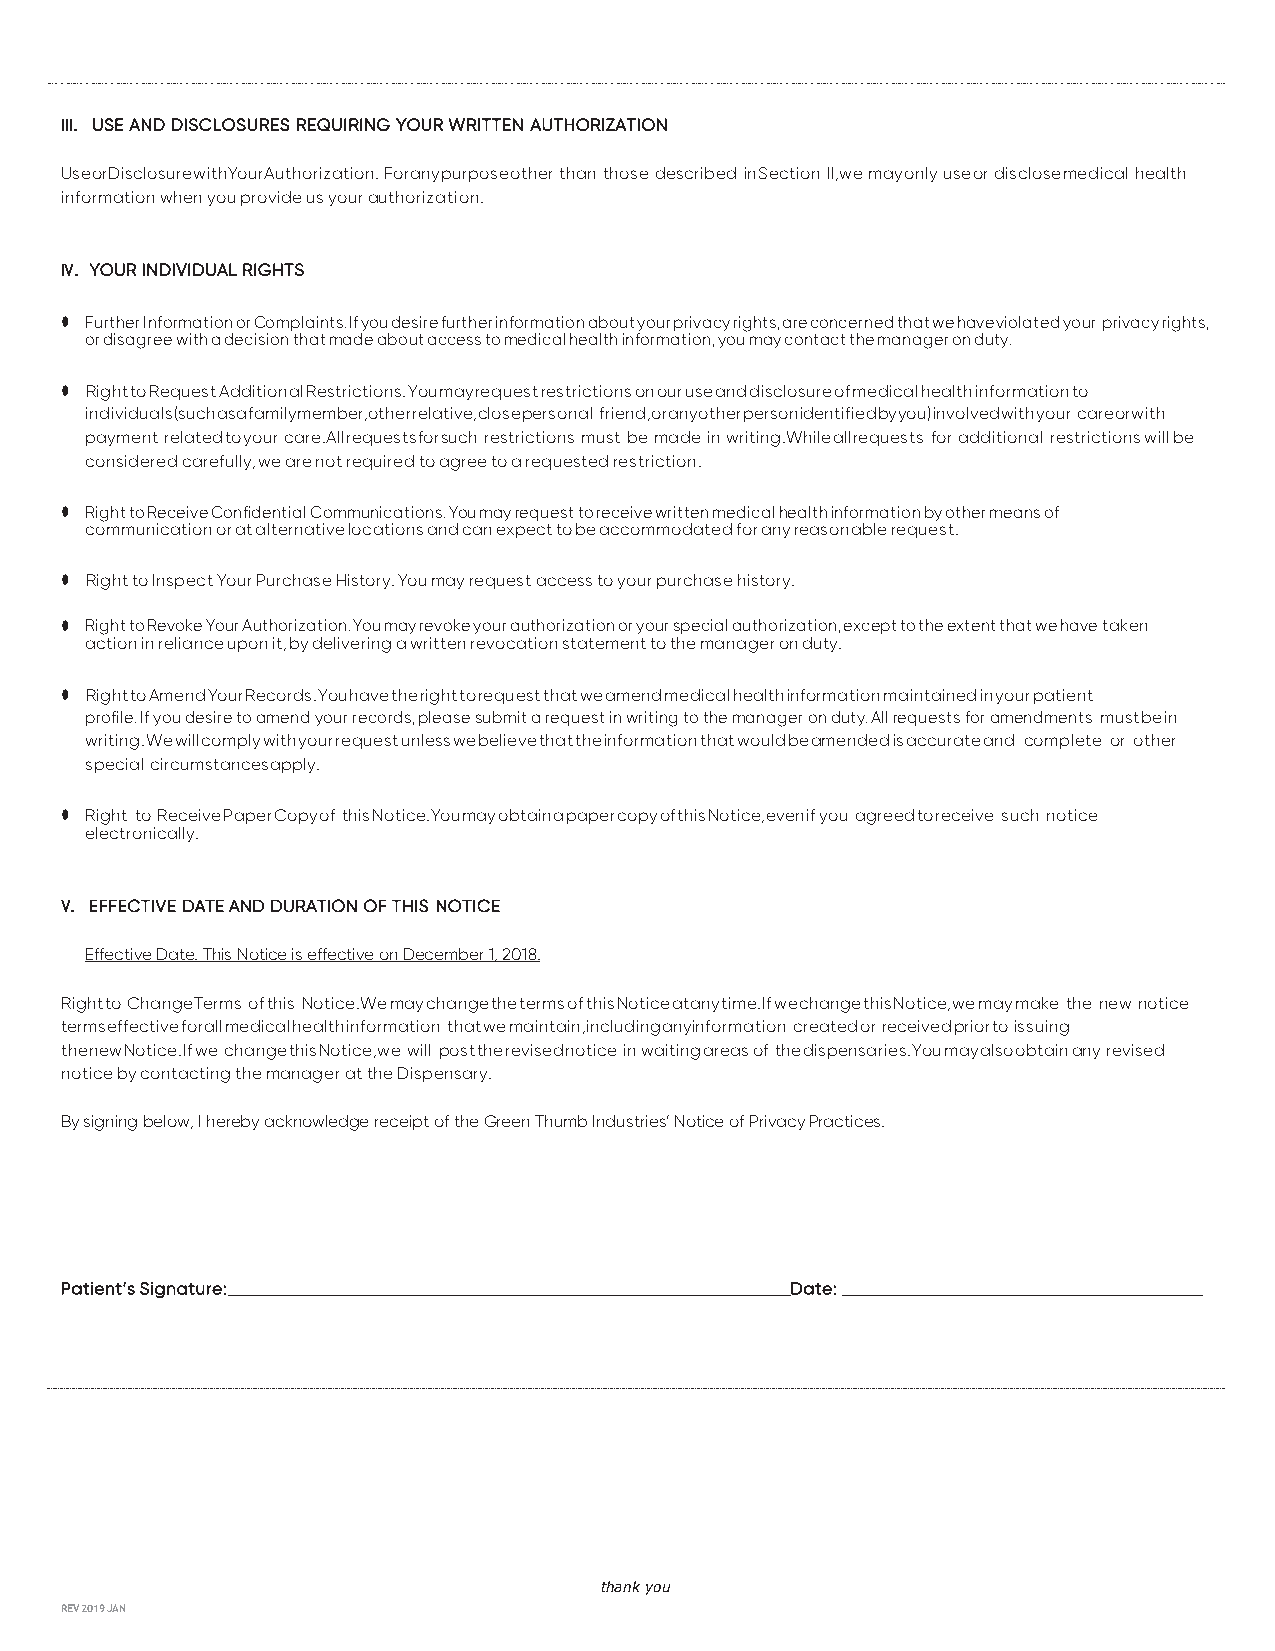
III. USE AND DISCLOSURES REQUIRING YOUR WRITTEN AUTHORIZATION
 Use or Disclosure with Your Authorization. For any purpose other than those described in Section II, we may only use or disclose medical health
 information when you provide us your authorization.
 IV. YOUR INDIVIDUAL RIGHTS
 • Further Information or Complaints. If you desire further information about your privacy rights, are concerned that we have violated your privacy rights,
 or disagree with a decision that made about access to medical health information, you may contact the manager on duty.
 • Right to Request Additional Restrictions. You may request restrictions on our use and disclosure of medical health information to
 individuals (such as a family member, other relative, close personal friend, or any other person identified by you) involved with your care or with
 payment related to your care. All requests for such restrictions must be made in writing. While all requests for additional restrictions will be
 considered carefully, we are not required to agree to a requested restriction.
 • Right to Receive Confidential Communications. You may request to receive written medical health information by other means of
 communication or at alternative locations and can expect to be accommodated for any reasonable request.
 • Right to Inspect Your Purchase History. You may request access to your purchase history.
 • Right to Revoke Your Authorization. You may revoke your authorization or your special authorization, except to the extent that we have taken
 action in reliance upon it, by delivering a written revocation statement to the manager on duty.
 • Right to Amend Your Records. You have the right to request that we amend medical health information maintained in your patient
 profile. If you desire to amend your records, please submit a request in writing to the manager on duty. All requests for amendments must be in
 writing. We will comply with your request unless we believe that the information that would be amended is accurate and complete or other
 special circumstances apply.
 • Right to Receive Paper Copy of this Notice. You may obtain a paper copy of this Notice, even if you agreed to receive such notice
 electronically.
 V. EFFECTIVE DATE AND DURATION OF THIS NOTICE
 Effective Date. This Notice is effective on December 1, 2018.
 Right to Change Terms of this Notice. We may change the terms of this Notice at any time. If we change this Notice, we may make the new notice
 terms effective for all medical health information that we maintain, including any information created or received prior to issuing
 the new Notice. If we change this Notice, we will post the revised notice in waiting areas of the dispensaries. You may also obtain any revised
 notice by contacting the manager at the Dispensary.
 By signing below, I hereby acknowledge receipt of the Green Thumb Industries’ Notice of Privacy Practices.
 Patient’s Signature:                            Date:
 thank you
 REV 2019 JAN